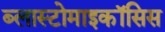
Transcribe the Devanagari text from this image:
ब्लास्टोमाइकॉसिस